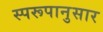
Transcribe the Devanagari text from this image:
स्परूपानुसार